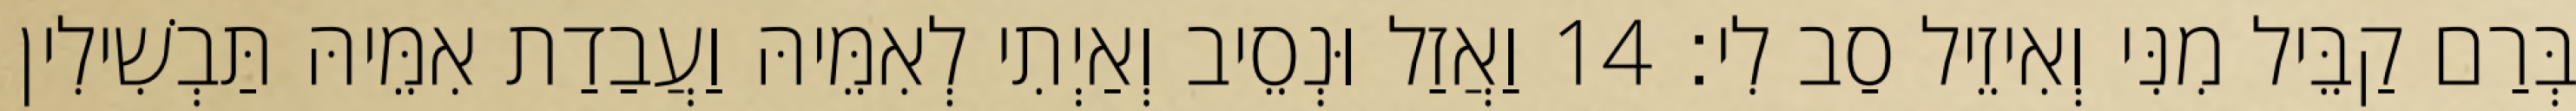
בְּרַם קַבֵּיל מִנִּי וְאִיזֵיל סַב לִי׃ 14 וַאֲזַל וּנְסֵיב וְאַיְתִי לְאִמֵּיהּ וַעֲבַדַת אִמֵּיהּ תַּבְשִׁילִין